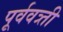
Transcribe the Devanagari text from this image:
पूर्ववत्र्ती